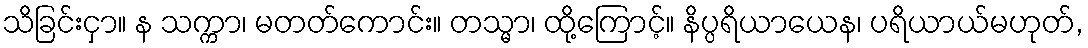
သိခြင်းငှာ။ န သက္ကာ၊ မတတ်ကောင်း။ တသ္မာ၊ ထို့ကြောင့်။ နိပ္ပရိယာယေန၊ ပရိယာယ်မဟုတ်,